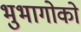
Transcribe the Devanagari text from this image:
भुभागोको